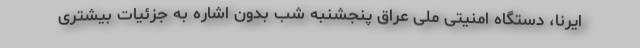
ایرنا، دستگاه امنیتی ملی عراق پنجشنبه شب بدون اشاره به جزئیات بیشتری